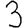
Digit: 3